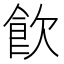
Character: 飮